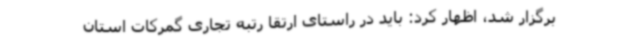
برگزار شد، اظهار کرد: باید در راستای ارتقا رتبه تجاری گمرکات استان